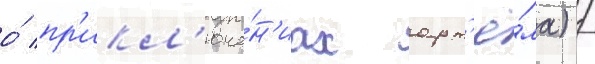
о́ пр'икл'юче́н'иах арт'ё́ма) /